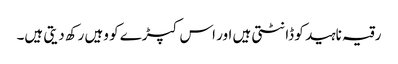
رقیہ ناہید کو ڈانٹتی ہیں اور اس کپڑے کو وہیں رکھ دیتی ہیں۔